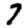
Digit: 7